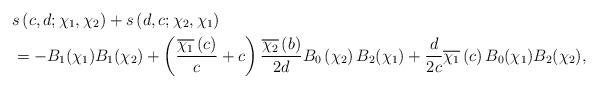
LaTeX: \begin{align*}& s\left( c,d;\chi_{1},\chi_{2}\right) +s\left( d,c;\chi_{2},\chi_{1}\right) \\& =-B_{1}(\chi_{1})B_{1}(\chi_{2})+\left( \frac{\overline{\chi_{1}}\left(c\right) }{c}+c\right) \frac{\overline{\chi_{2}}\left( b\right) }{2d}B_{0}\left( \chi_{2}\right) B_{2}(\chi_{1})+\frac{d}{2c}\overline{\chi_{1}}\left( c\right) B_{0}(\chi_{1})B_{2}(\chi_{2}),\end{align*}